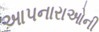
આપનારાઓની